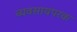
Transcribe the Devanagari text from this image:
व्‍यवसायपरक